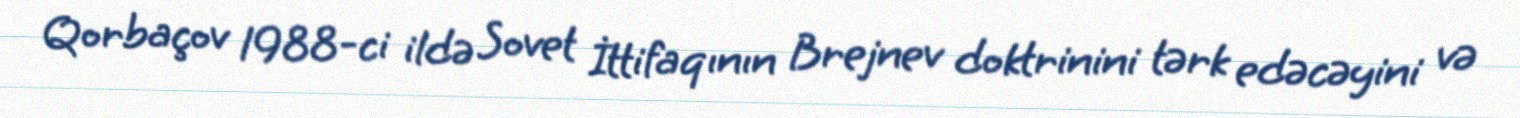
Qorbaçov 1988-ci ildə Sovet İttifaqının Brejnev doktrinini tərk edəcəyini və